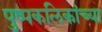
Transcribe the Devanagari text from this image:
पुष्पकलिकांच्या